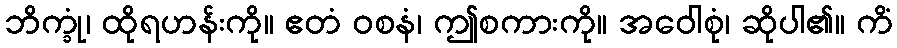
ဘိက္ခုံ၊ ထိုရဟန်းကို။ ဧတံ ဝစနံ၊ ဤစကားကို။ အဝေါစုံ၊ ဆိုပါ၏။ ကိံ